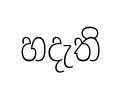
හදැති